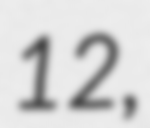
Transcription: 12,